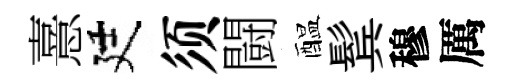
憙廷须闘醖鬂穆厲